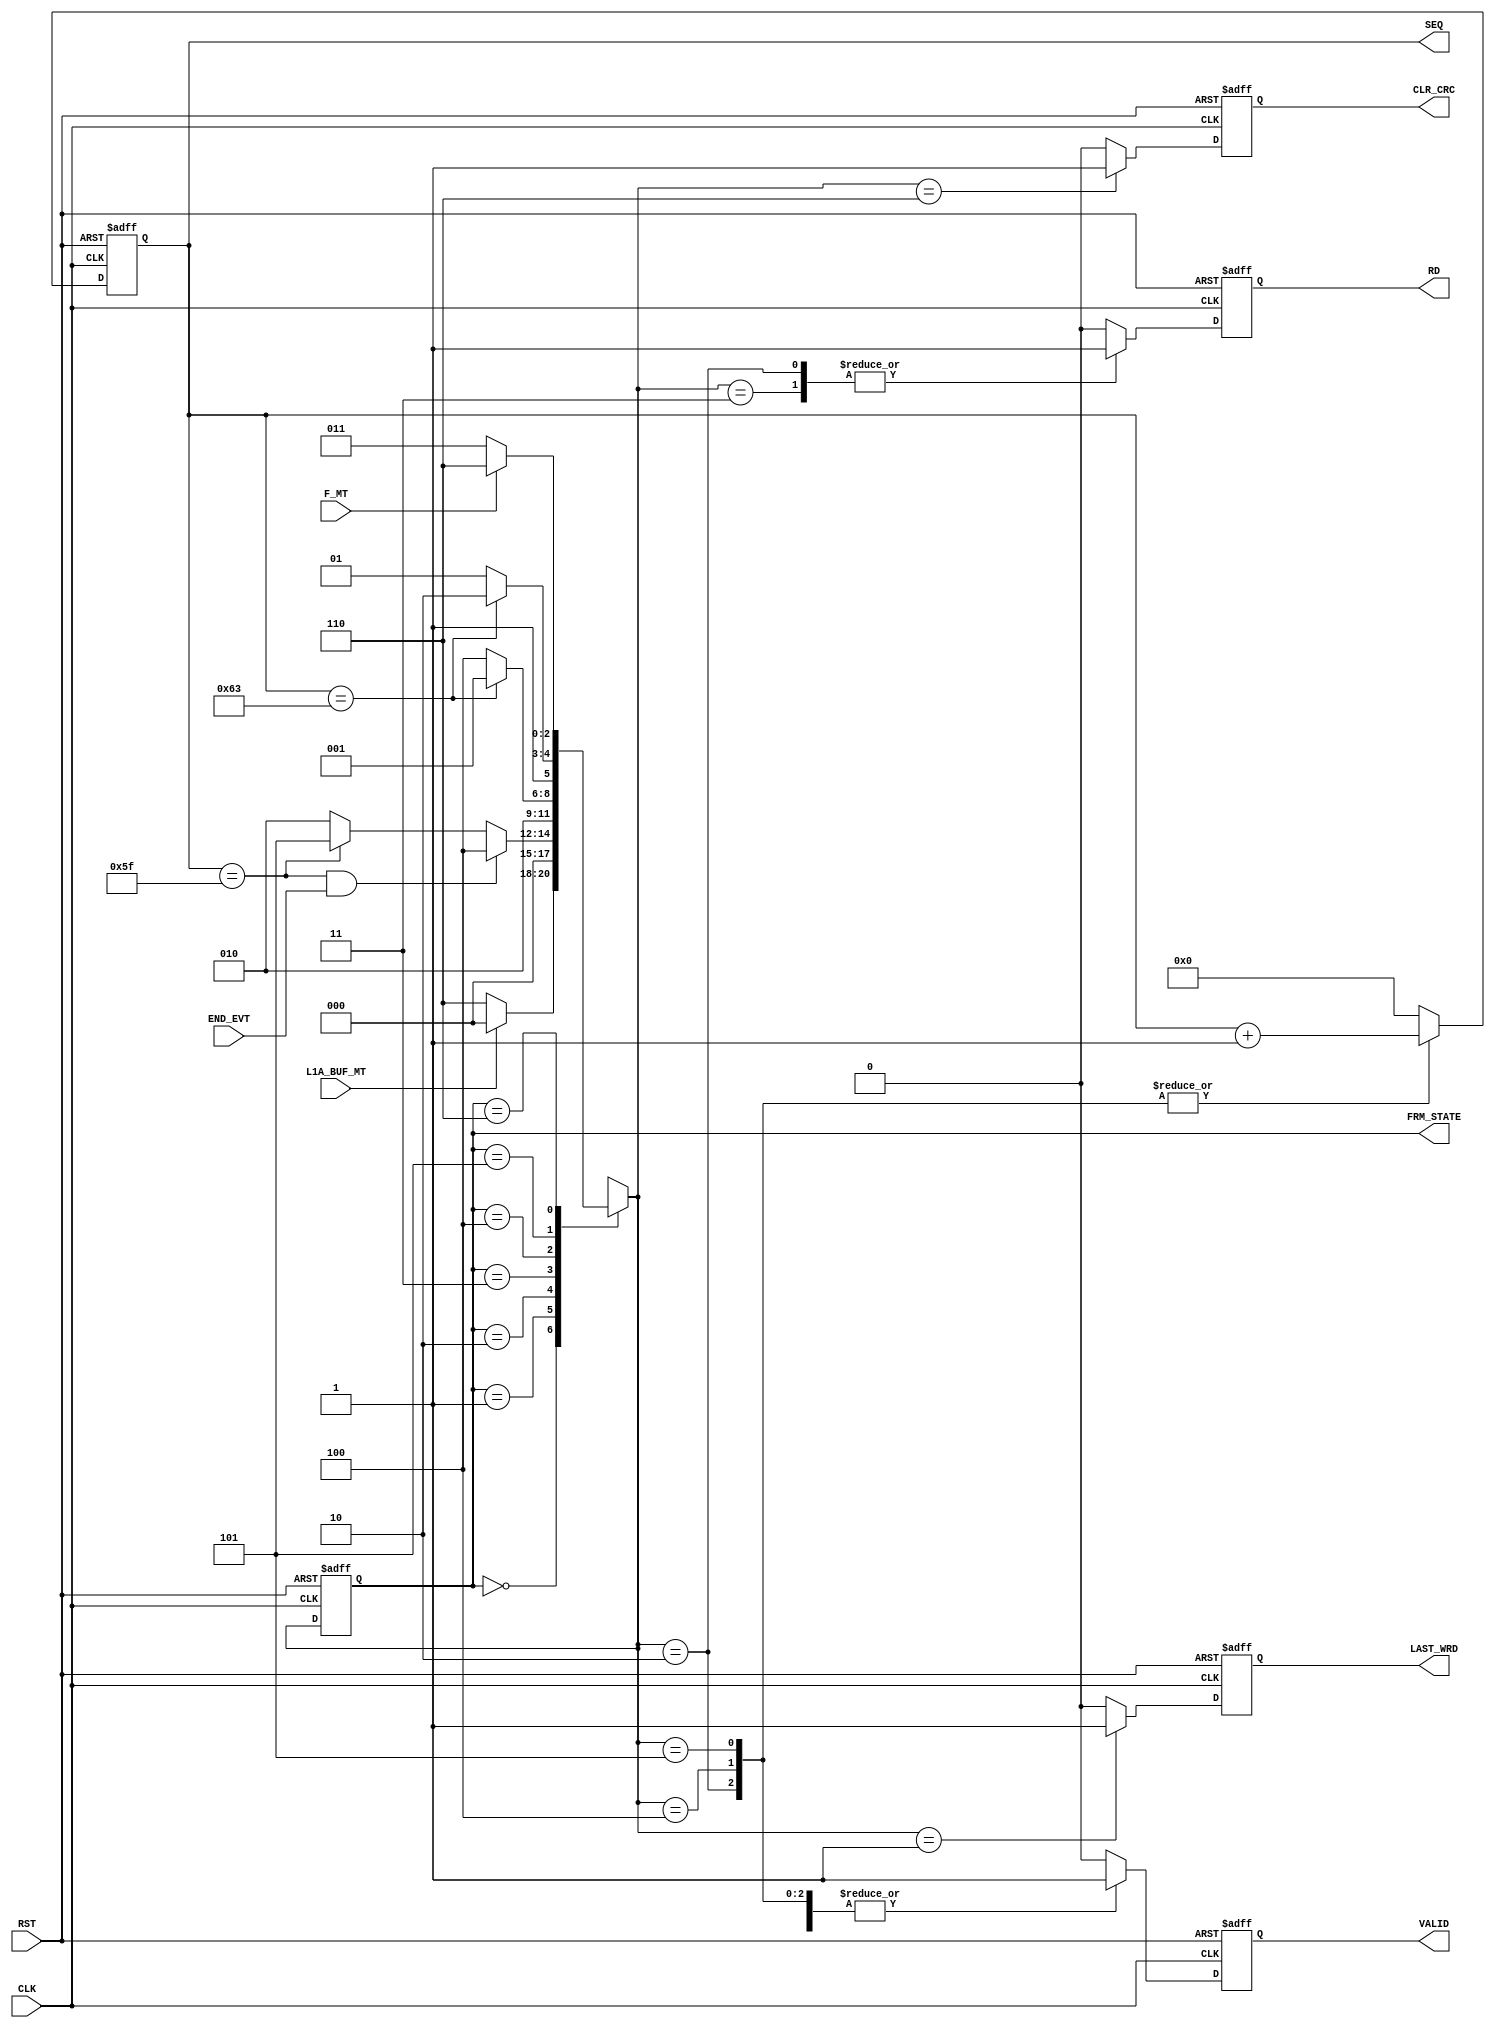

// Created by fizzim_tmr.pl version $Revision: 4.44 on 2014:08:26 at 14:05:59 (www.fizzim.com)

module ChnLnk_Frame_FSM (
  output reg CLR_CRC,
  output reg LAST_WRD,
  output reg RD,
  output reg [6:0] SEQ,
  output reg VALID,
  output wire [2:0] FRM_STATE,
  input CLK,
  input END_EVT,
  input F_MT,
  input L1A_BUF_MT,
  input RST 
);

  // state bits
  parameter 
  Idle        = 3'b000, 
  Last_Word   = 3'b001, 
  Read        = 3'b010, 
  Strt_Sample = 3'b011, 
  Tail_End    = 3'b100, 
  Tail_No_End = 3'b101, 
  W4Data      = 3'b110; 

  reg [2:0] state;

  assign FRM_STATE = state;

  reg [2:0] nextstate;

  reg [6:0] seqn;

  // comb always block
  always @* begin
    nextstate = 3'bxxx; // default to x because default_state_is_x is set
    SEQ = seqn; // default
    case (state)
      Idle       : if      (!L1A_BUF_MT)               nextstate = W4Data;
                   else                                nextstate = Idle;
      Last_Word  :                                     nextstate = Idle;
      Read       : if      (seqn == 7'd95 && END_EVT)  nextstate = Tail_End;
                   else if (seqn == 7'd95)             nextstate = Tail_No_End;
                   else                                nextstate = Read;
      Strt_Sample:                                     nextstate = Read;
      Tail_End   : if      (seqn == 7'd99)             nextstate = Last_Word;
                   else                                nextstate = Tail_End;
      Tail_No_End: if      (seqn == 7'd99)             nextstate = W4Data;
                   else                                nextstate = Tail_No_End;
      W4Data     : if      (!F_MT)                     nextstate = Strt_Sample;
                   else                                nextstate = W4Data;
    endcase
  end

  // Assign reg'd outputs to state bits

  // sequential always block
  always @(posedge CLK or posedge RST) begin
    if (RST)
      state <= Idle;
    else
      state <= nextstate;
  end

  // datapath sequential always block
  always @(posedge CLK or posedge RST) begin
    if (RST) begin
      CLR_CRC <= 0;
      LAST_WRD <= 0;
      RD <= 0;
      VALID <= 0;
      seqn <= 7'h00;
    end
    else begin
      CLR_CRC <= 0; // default
      LAST_WRD <= 0; // default
      RD <= 0; // default
      VALID <= 0; // default
      seqn <= 7'h00; // default
      case (nextstate)
        Last_Word  :        LAST_WRD <= 1;
        Read       : begin
                            RD <= 1;
                            VALID <= 1;
                            seqn <= seqn + 1;
        end
        Strt_Sample: begin
                            RD <= 1;
                            VALID <= 1;
        end
        Tail_End   : begin
                            VALID <= 1;
                            seqn <= seqn + 1;
        end
        Tail_No_End: begin
                            VALID <= 1;
                            seqn <= seqn + 1;
        end
        W4Data     :        CLR_CRC <= 1;
      endcase
    end
  end

  // This code allows you to see state names in simulation
  `ifndef SYNTHESIS
  reg [87:0] statename;
  always @* begin
    case (state)
      Idle       : statename = "Idle";
      Last_Word  : statename = "Last_Word";
      Read       : statename = "Read";
      Strt_Sample: statename = "Strt_Sample";
      Tail_End   : statename = "Tail_End";
      Tail_No_End: statename = "Tail_No_End";
      W4Data     : statename = "W4Data";
      default    : statename = "XXXXXXXXXXX";
    endcase
  end
  `endif

endmodule